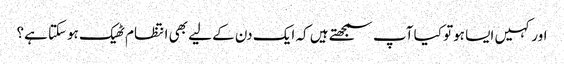
اور کہیں ایسا ہوتو کیا آپ سمجھتے ہیں کہ ایک دن کے لیے بھی انتظام ٹھیک ہوسکتا ہے؟